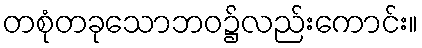
တစုံတခုသောဘဝ၌လည်းကောင်း။